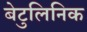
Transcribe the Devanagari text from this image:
बेटुलिनिक